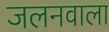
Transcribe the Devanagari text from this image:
जलनवाला